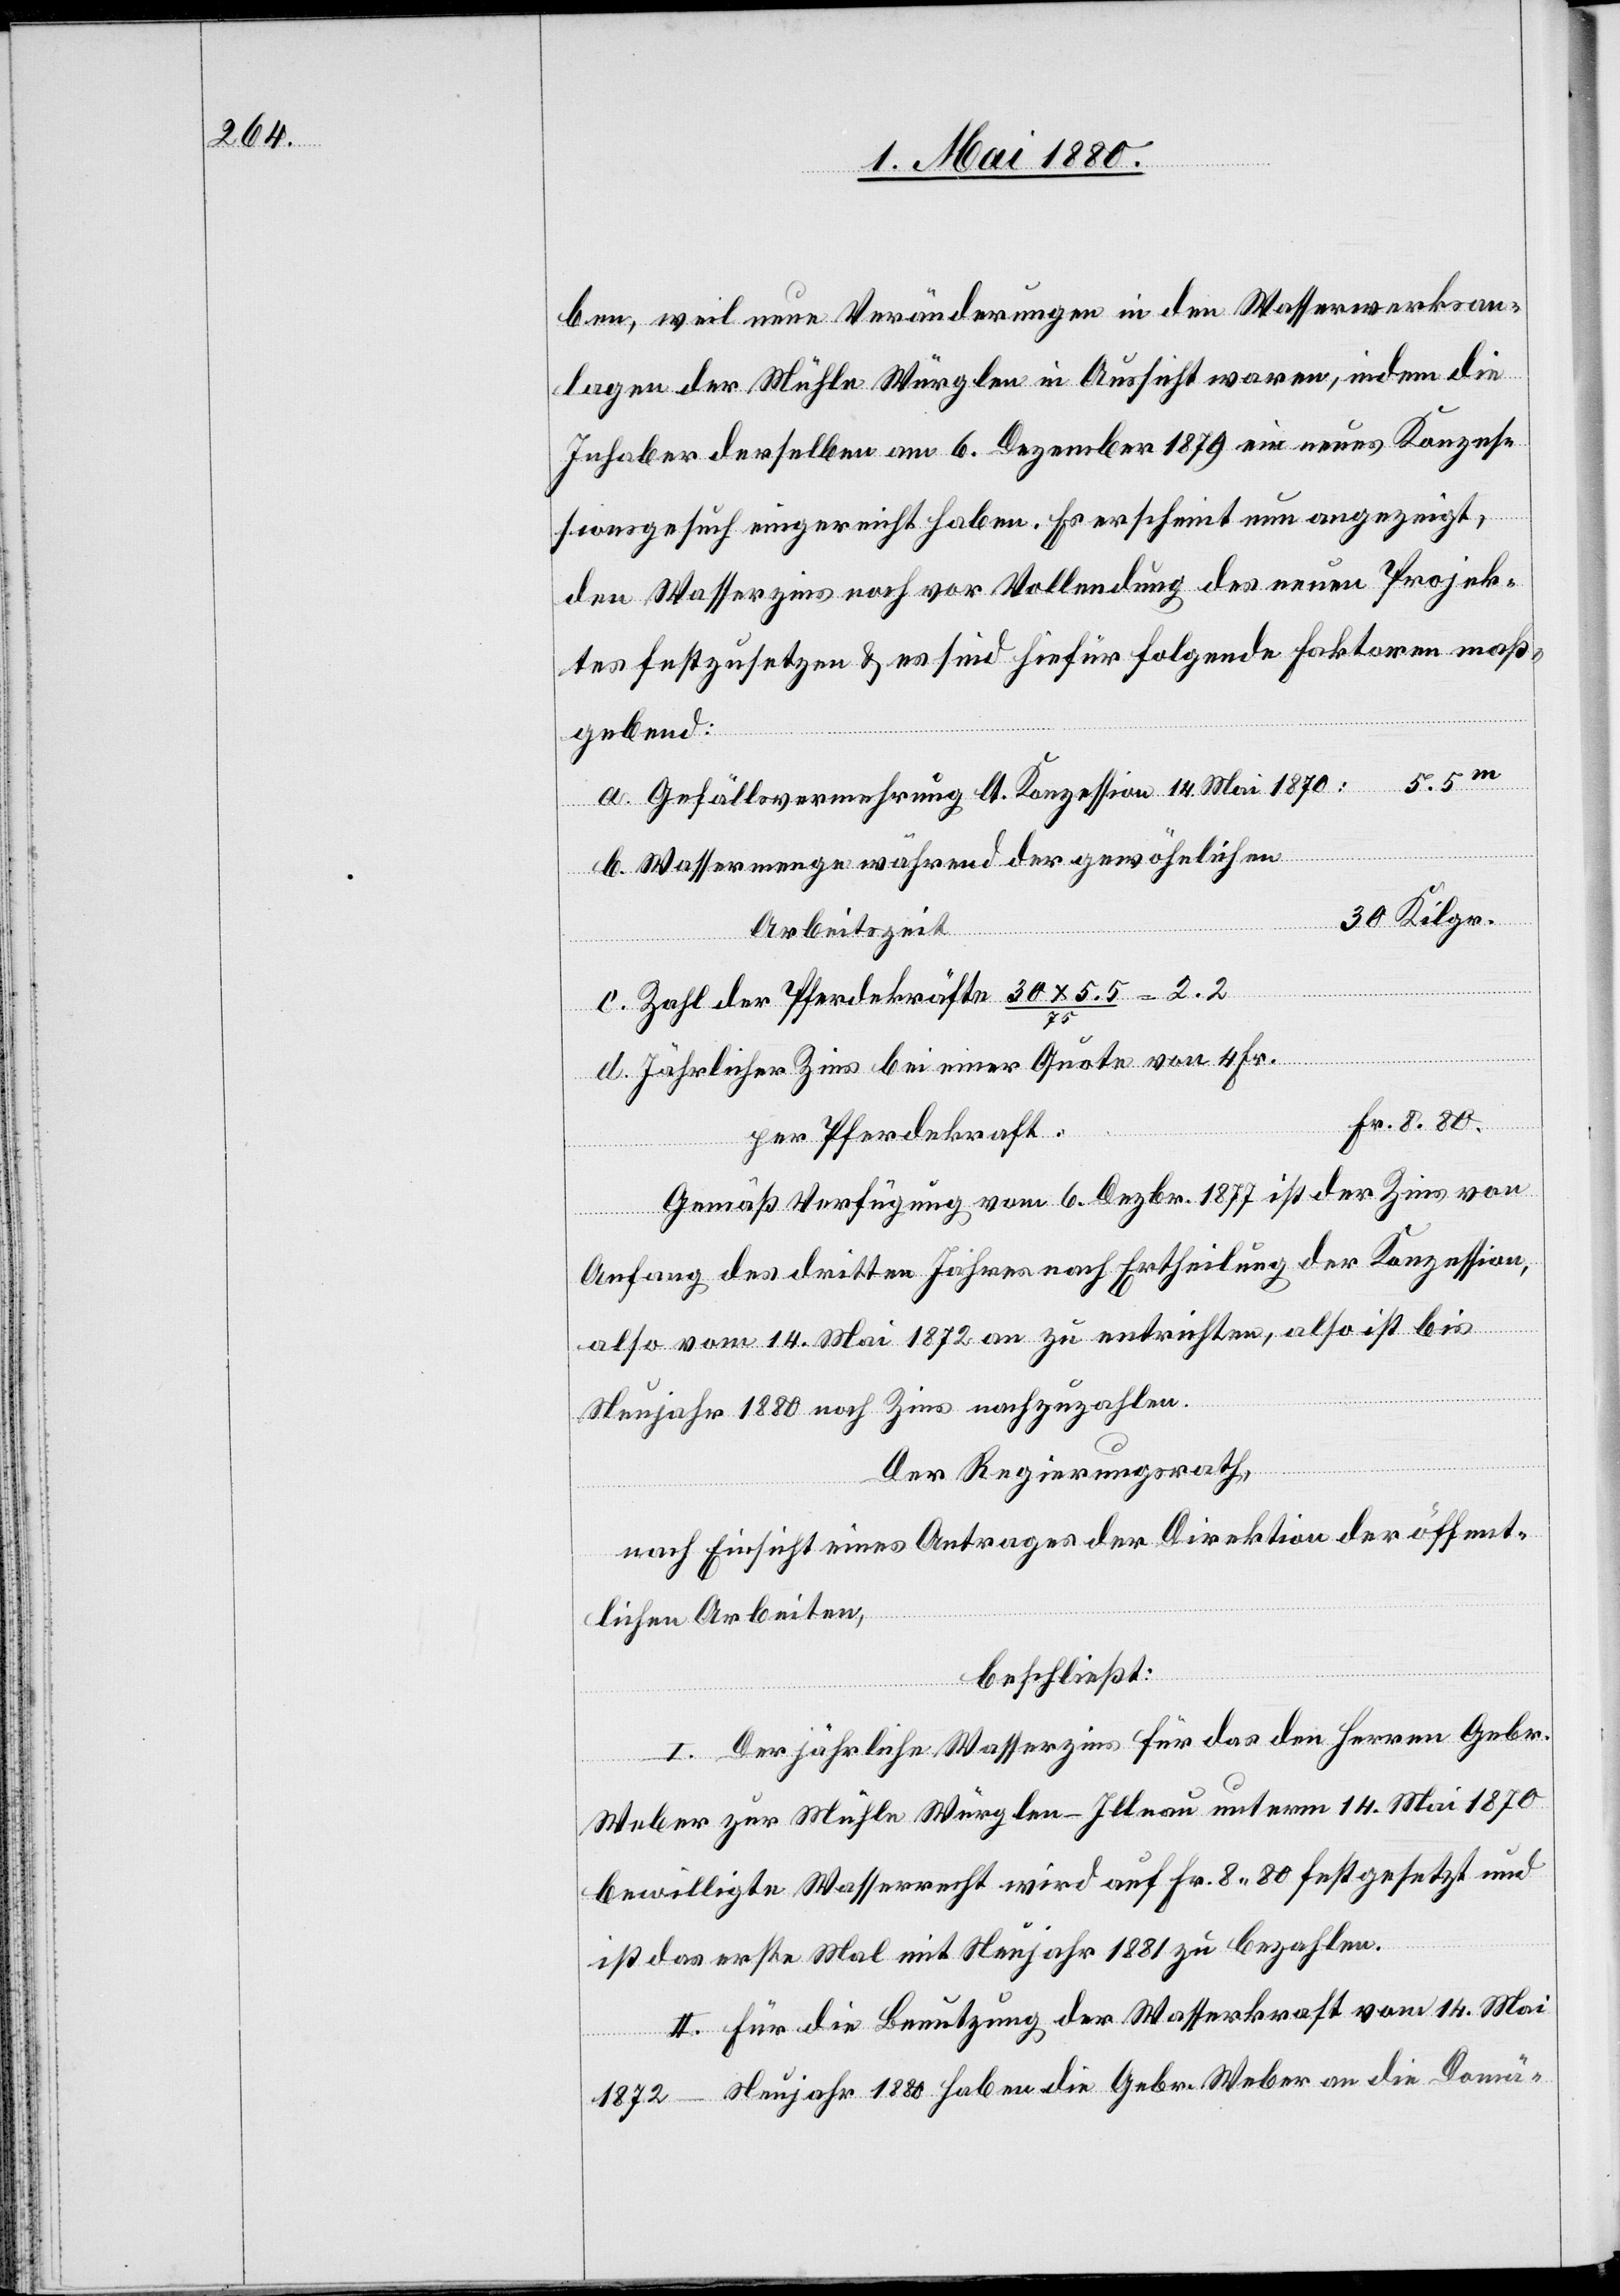
ben, weil neue Veränderungen in den Wasserwerksan¬
lagen der Mühle Würglen in Aussicht waren, indem die
Inhaber derselben am 6. Dezember 1879 ein neues Konzes¬
sion
sionsgesuch eingereicht haben. Es erscheint nun angezeigt,
den Wasserzins noch vor Vollendung des neuen Projek¬
tes festzusetzen & es sind hiefür folgende Faktoren maß¬
Mai
gebend:
b. Wassermenge während der gewöhnlichen
30 Kilgr.
Arbeitszeit
c. Zahl der Pferdekräfte 30 x 5.5/75 = 2.2
d. Jährlicher Zins bei einer Quote von 4 Fr.
Fr.8.80.
Kon¬
per Pferdekraft
Gemäß Verfügung vom 6. Dezbr. 1877 ist der Zins von
Anfang des dritten Jahres nach Ertheilung der Konzession,
als vom 14. Mai 1872 an zu entrichten, also ist bis
Neujahr 1880 noch Zins nachzuzahlen.
Der Regierungsrath,
nach Einsicht eines Antrages der Direktion der öffent¬
lichen Arbeiten,
beschließt:
I. Der jährliche Wasserzins für das den Herren Gebr.
Weber zur Mühle Würglen - Illnau unterm 14. Mai 1870
bewilligte Wasserrecht wird auf Fr. 8.80 festgesetzt und
ist das erste Mal mit Neujahr 1881 zu bezahlen.
II. Für die Benutzung der Wasserkraft vom 14. Mai
1872–Neujahr 1880 haben die Gebr. Weber an die Domä-